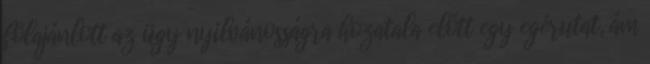
fölajánlott az ügy nyilvánosságra hozatala előtt egy egérutat, ám